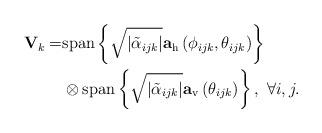
LaTeX: \begin{align*}\mathbf{V}_k = & \mathrm{span}\left\lbrace \sqrt{\left|\tilde{\alpha}_{ijk}\right|} \mathbf{a}_\mathrm{h}\left(\phi_{ijk},\theta_{ijk}\right) \right\rbrace \\ & \otimes \mathrm{span}\left\lbrace \sqrt{\left|\tilde{\alpha}_{ijk}\right|}\mathbf{a}_\mathrm{v}\left(\theta_{ijk}\right) \right\rbrace, \,\, \forall i,j.\end{align*}